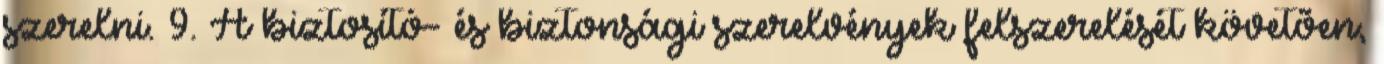
szerelni. 9. A biztosító- és biztonsági szerelvények felszerelését követõen,